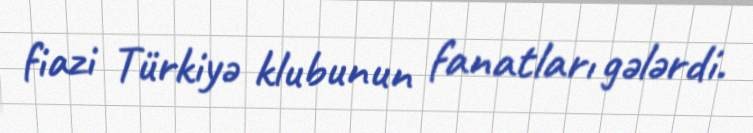
fiazi Türkiyə klubunun fanatları gələrdi.